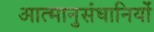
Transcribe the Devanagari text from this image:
आत्मानुसंधानियों